Civil Veterinary Dept. Bombay admin report 1923-31 - 1923-1931
Year: 1923
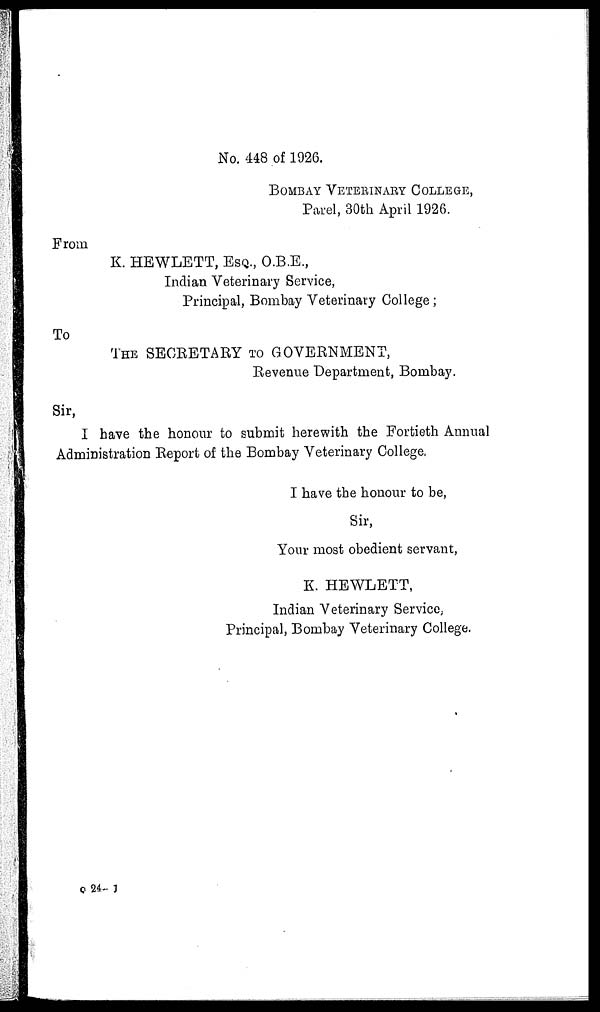
No. 448 of 1926.
BOMBAY VETERYNARY COLLEGE,
Parel, 30th April 1926.
From
K. HEWLETT, ESQ., O.B.E.,
Indian Veterinary Service,
Principal, Bombay Veterinary College ;
To
THE SECRETAEY TO GOVERNMENT,
Revenue Department, Bombay.
Sir,
I have the honour to submit herewith the Fortieth Annual
Administration Report of the Bombay Veterinary College,
I have the honour to be,
Sir,
Your most obedient servant,
K. HEWLETT,
Indian Veterinary Service,
Principal, Bombay Veterinary College.
Q 24—1